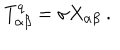
T _ { \alpha \beta } ^ { q } = \sigma X _ { \alpha \beta } \ .